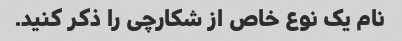
نام یک نوع خاص از شکارچی را ذکر کنید.